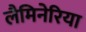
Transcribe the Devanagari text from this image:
लैमिनेरिया